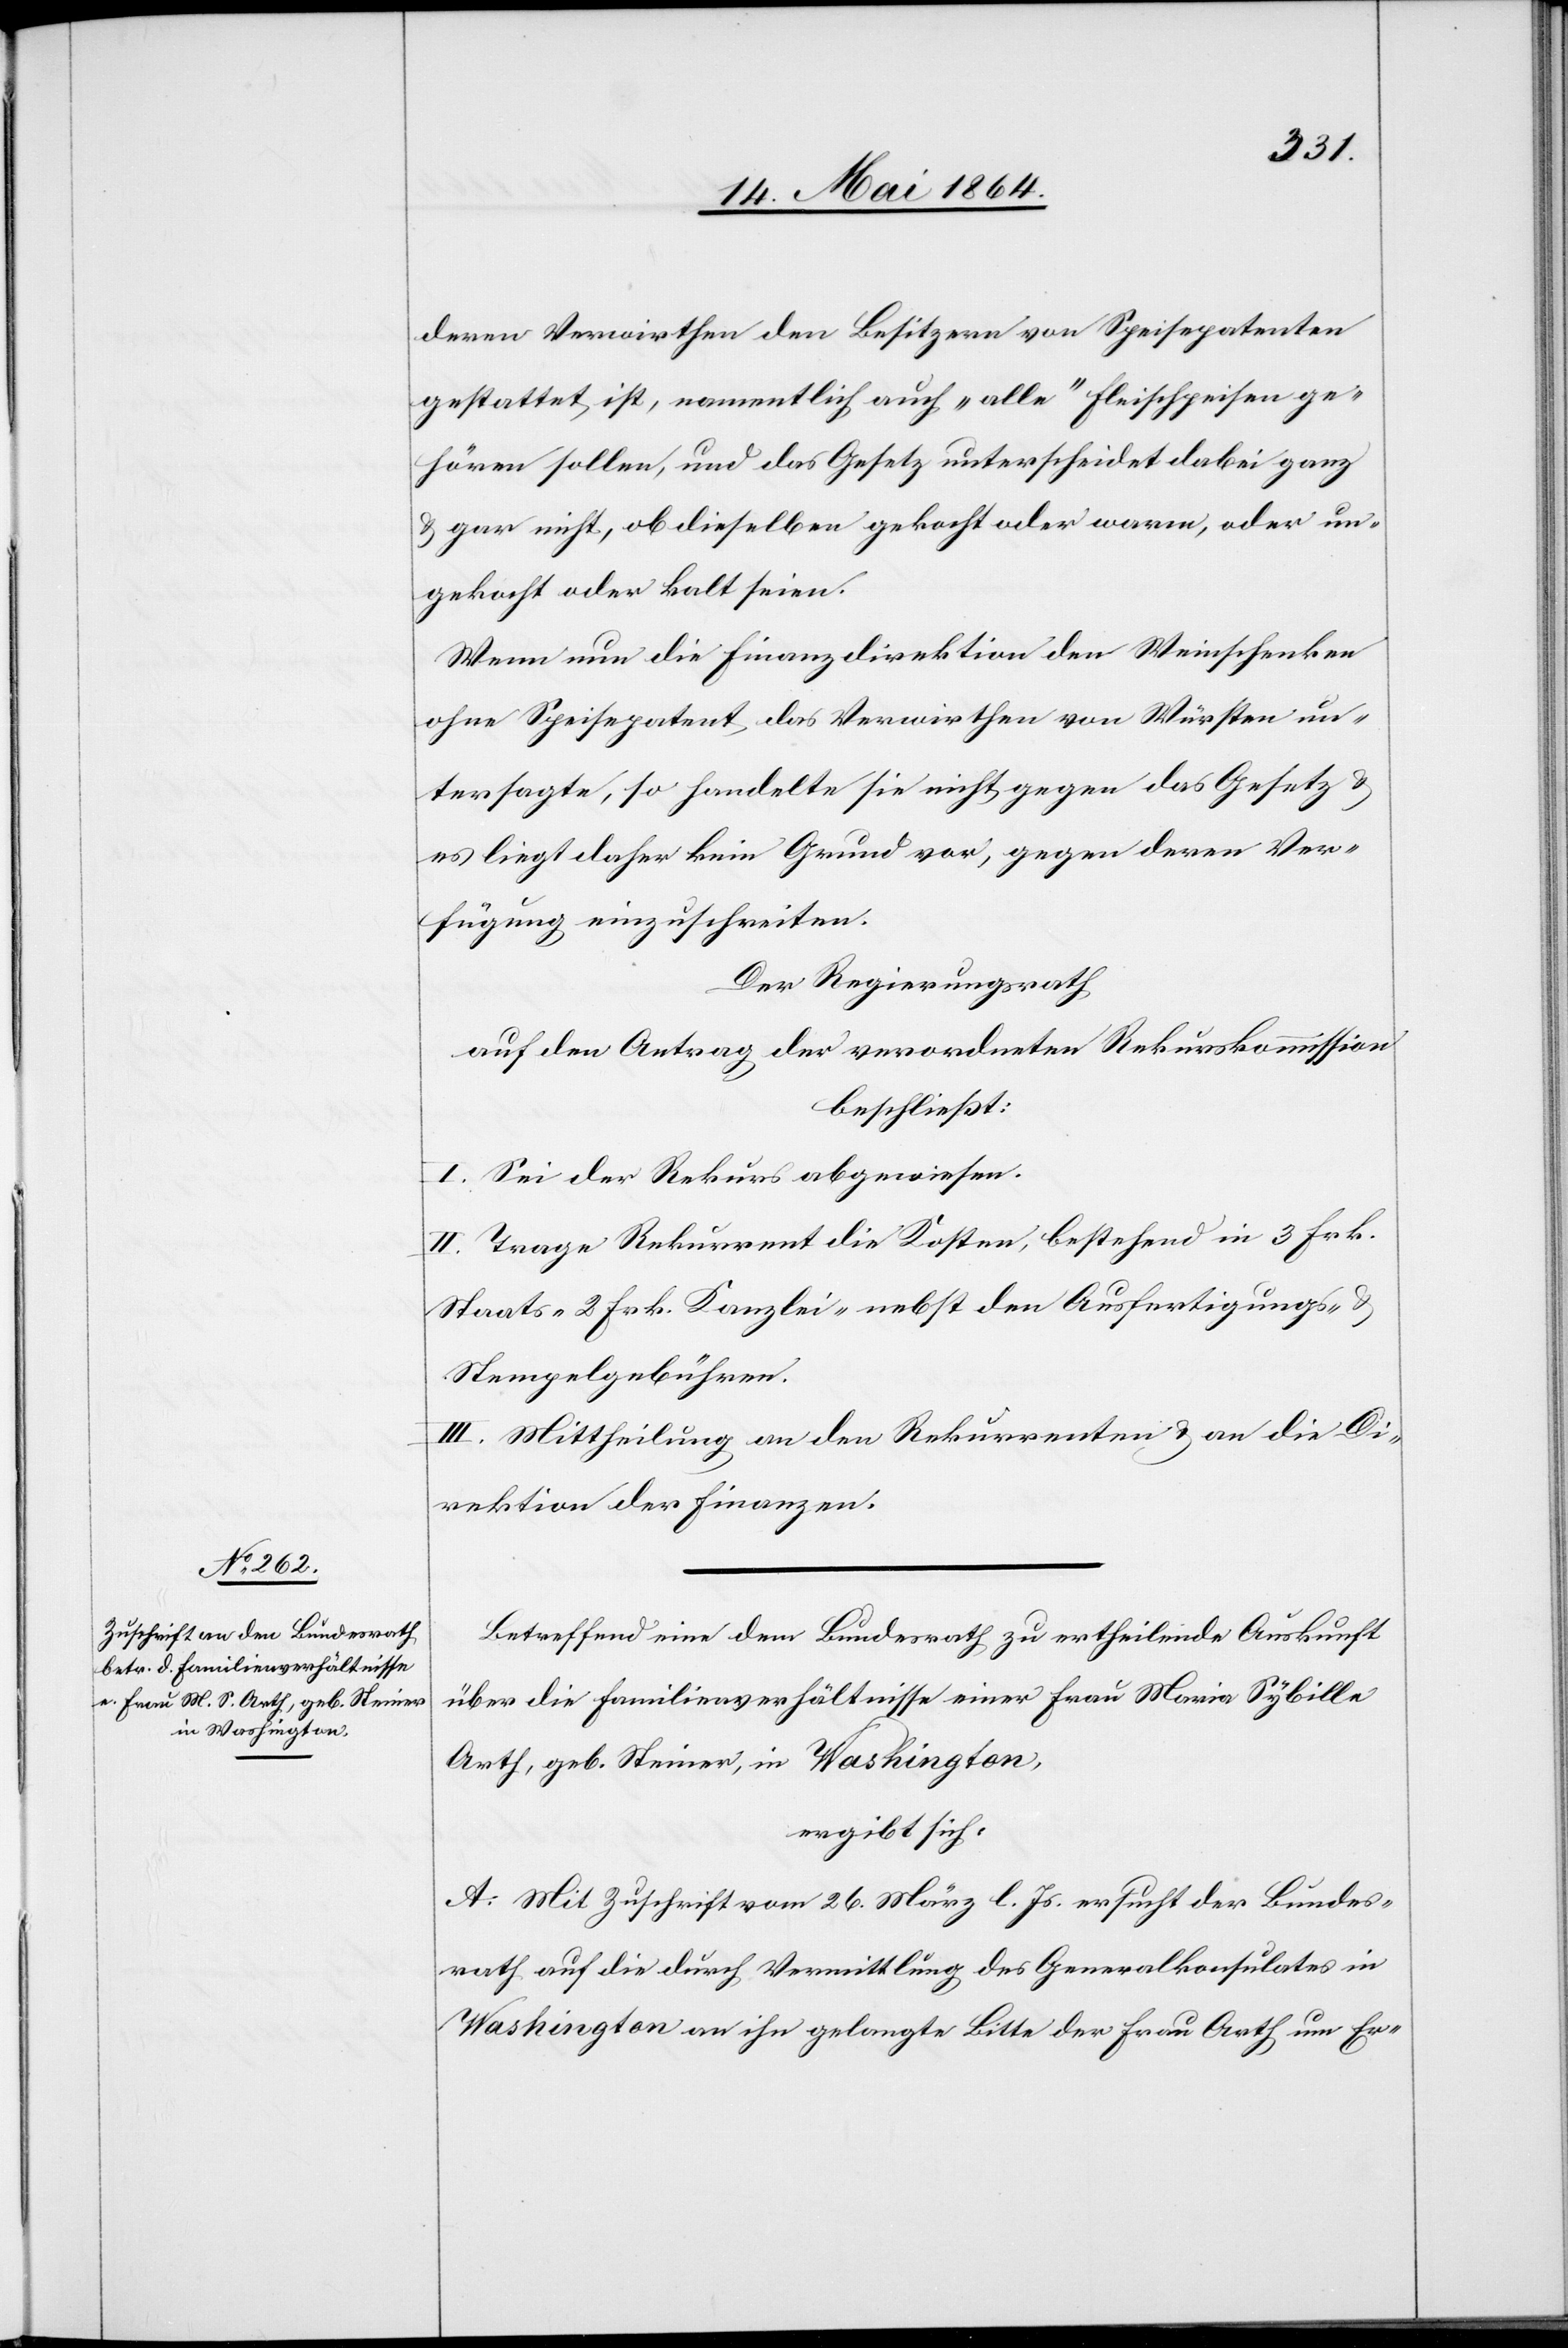
deren Verwirthen den Besitzern von Speisepatenten
gestattet ist, namentlich auch „alle“ Fleischspeisen ge¬
hören sollen, und das Gesetz unterscheidet dabei ganz
u. gar nicht, ob dieselben gekocht oder warm, oder un¬
gekocht oder kalt seien.
Wenn nun die Finanzdirektion den Weinschenken
ohne Speispatent das Verwirthen von Würsten un¬
tersagte, so handelte sie nicht gegen das Gesetz u.
es liegt daher kein Grund vor, gegen deren Ver¬
fügung einzuschreiten.
Der Regierungsrath
auf den Antrag der verordneten Rekurskommission
beschließt:
I. Sei der Rekurs abgewiesen.
II. Trage Rekurrent die Kosten, bestehend in 3 Frk.
Staats-[,] 2 Frk. Kanzlei-[,] nebst den Ausfertigungs- u.
Stempelgebühren.
III. Mittheilung an den Rekurrenten u. an die Di¬
rektion der Finanzen.
Betreffend eine dem Bundesrath zu ertheilende Auskunft
über die Familienverhältnisse einer Frau Maria Sybille
Arth, geb. Steiner, in Washington,
ergibt sich:
A. Mit Zuschrift vom 26. März l. Js. ersucht der Bundes¬
rath auf die durch Vermittlung des Generalkonsulates in
Washington an ihn gelangte Bitte der Frau Arth um Er-